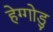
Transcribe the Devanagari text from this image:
हेग्गोडु